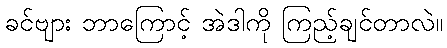
ခင်ဗျား ဘာကြောင့် အဲဒါကို ကြည့်ချင်တာလဲ။